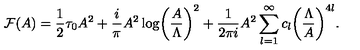
{ \cal F } ( A ) = { \frac { 1 } { 2 } } \tau _ { 0 } A ^ { 2 } + { \frac { i } { \pi } } A ^ { 2 } \log \biggl ( { \frac { A } { \Lambda } } \biggr ) ^ { 2 } + { \frac { 1 } { 2 \pi i } } A ^ { 2 } \sum _ { l = 1 } ^ { \infty } c _ { l } \biggl ( { \frac { \Lambda } { A } } \biggr ) ^ { 4 l } .